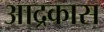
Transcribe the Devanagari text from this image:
आद्रकास